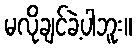
မလိုချင်ခဲ့ပါဘူး။